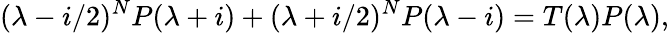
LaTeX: (\lambda-i/2)^{N}P(\lambda+i)+(\lambda+i/2)^{N}P(\lambda-i)=T(\lambda)P(\lambda),